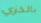
بالخزي